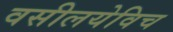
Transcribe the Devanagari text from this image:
वसीलयेविच